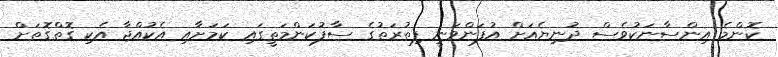
ކޮންމެ އިންސާނަކުވެސް ދުނިޔެއަށް އުފަންވަނީ ފިތުރަތުގެ ސާފުކަންމަތީގައި ކަމަށާއި އެކުއްޖާ އެކި ގޮތްގޮތަށް